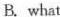
B.what